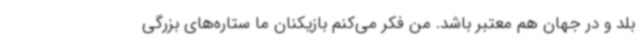
بلد و در جهان هم معتبر باشد. من فکر می‌کنم بازیکنان ما ستاره‌های بزرگی